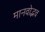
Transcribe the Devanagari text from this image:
मानवोद्भव